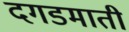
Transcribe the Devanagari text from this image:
दगडमाती